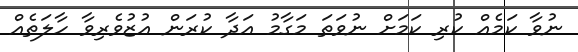
ނުވާ ކަމެއް ކުރި ކަމަށް ނުވަތަ މަގާމު އަދާ ކުރަން އުޒުވެރިވާ ހާލަތެއް